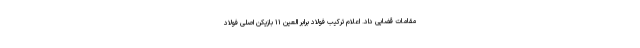
مقامات قضایی داد. اعلام ترکیب فولاد برابر العین ۱۱ بازیکن اصلی فولاد